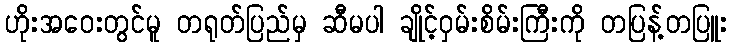
ဟိုးအဝေးတွင်မူ တရုတ်ပြည်မှ ဆီမပါ ချိုင့်ဝှမ်းစိမ်းကြီးကို တပြန့်တပြူး